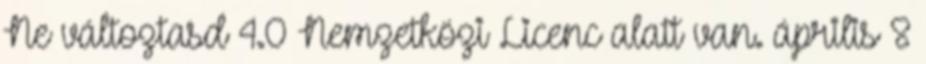
Ne változtasd 4.0 Nemzetközi Licenc alatt van. április 8